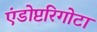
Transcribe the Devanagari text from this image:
एंडोप्टरिगोटा